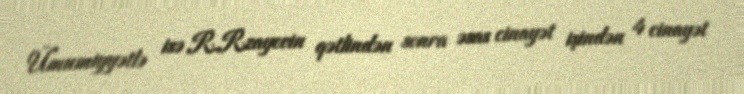
Ümumiyyətlə isə R.Rzayevin qətlindən sonra əsas cinayət işindən 4 cinayət